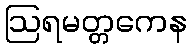
ဩရမတ္တကေန